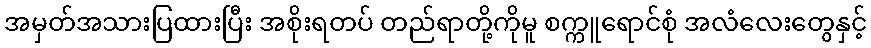
အမှတ်အသားပြထားပြီး အစိုးရတပ် တည်ရာတို့ကိုမူ စက္ကူရောင်စုံ အလံလေးတွေနှင့်